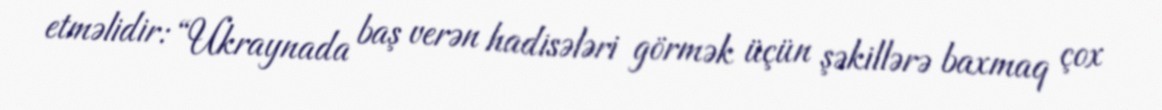
etməlidir: “Ukraynada baş verən hadisələri görmək üçün şəkillərə baxmaq çox